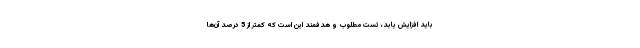
باید افزایش یابد، تست مطلوب و هدفمند این است که کمتر از 5 درصد آن‌ها